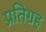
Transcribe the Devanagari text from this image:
प्रतिग्रह